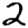
Digit: 2